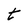
Character: t